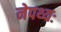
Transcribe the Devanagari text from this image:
नेपथ्यः